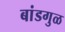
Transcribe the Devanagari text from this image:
बांडगुळ